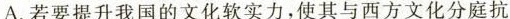
A.若要提升我国的文化软实力,使其与西方文化分庭抗